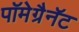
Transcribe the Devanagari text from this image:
पॉमेग्रैनॅट